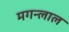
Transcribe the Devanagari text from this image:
मगन्लाल